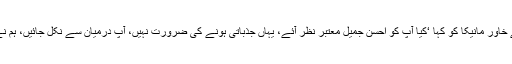
اس موقع پر چیف جسٹس نے خاور مانیکا کو کہا ‘کیا آپ کو احسن جمیل معتبر نظر آئے، یہاں جذباتی ہونے کی ضرورت نہیں، آپ درمیان سے نکل جائیں، ہم نے اپنی انکوائری کرالی ہے’۔